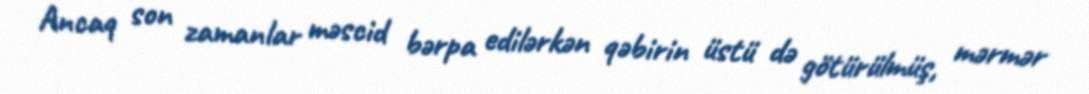
Ancaq son zamanlar məscid bərpa edilərkən qəbirin üstü də götürülmüş, mərmər